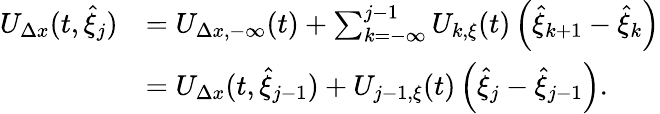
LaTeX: \begin{array}{rl}{U_{\Delta x}(t,\hat{\xi}_{j})}&{=U_{\Delta x,-\infty}(t)+\sum_{k=-\infty}^{j-1}U_{k,\xi}(t)\left(\hat{\xi}_{k+1}-\hat{\xi}_{k}\right)}\\ &{=U_{\Delta x}(t,\hat{\xi}_{j-1})+U_{j-1,\xi}(t)\left(\hat{\xi}_{j}-\hat{\xi}_{j-1}\right).}\end{array}